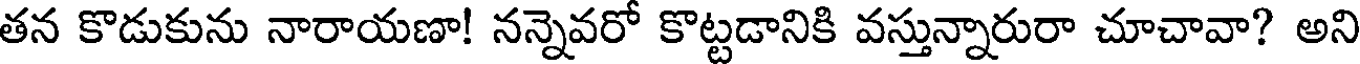
తన కొడుకును నారాయణా! నన్నెవరో కొట్టడానికి వస్తున్నారురా చూచావా? అని